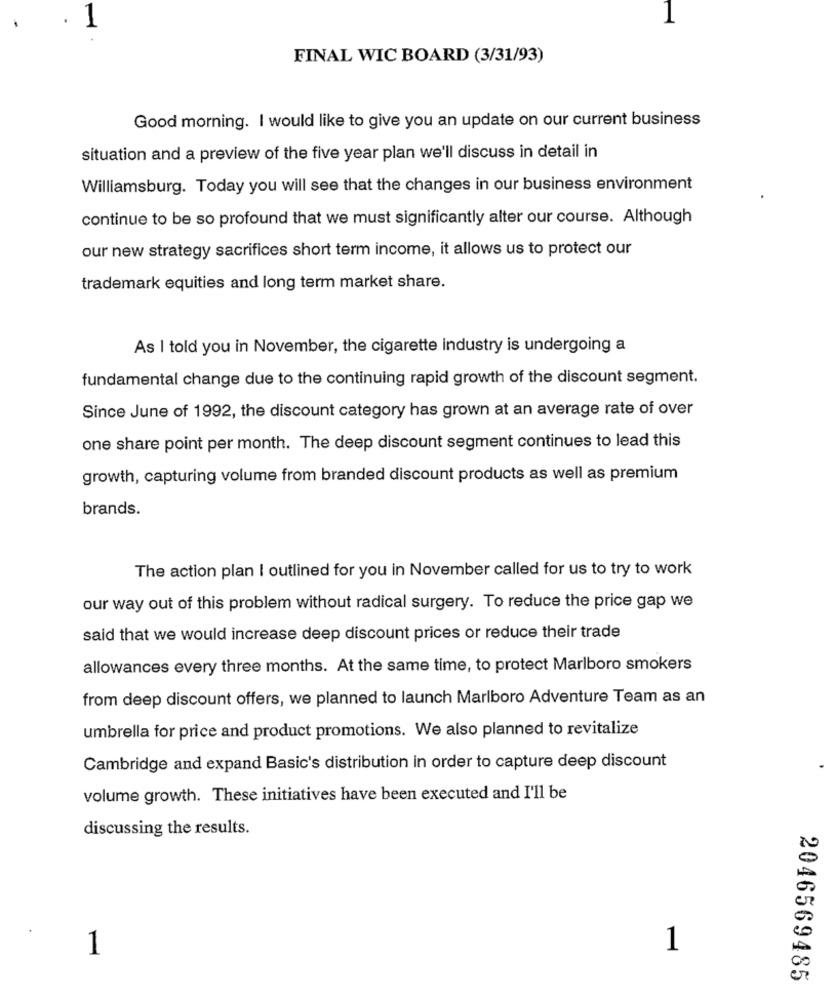
FINAL WIC BOARD (3/31/93)
Good morning. I would like to give you an update on our current business
situation and a preview of the five year plan we'll discuss in detail in
Williamsburg. Today you will see that the changes in our business environment
continue to be so profound that we must significantly alter our course. Although
our new strategy sacrifices short term income, it allows us to protect our
trademark equities and long term market share.
As I told you in November, the cigarette industry is undergoing a
fundamental change due to the continuing rapid growth of the discount segment.
Since June of 1992, the discount category has grown at an average rate of over
one share point per month. The deep discount segment continues to lead this
growth, capturing volume from branded discount products as well as premium
brands.
The action plan I outlined for you in November called for us to try to work
our way out of this problem without radical surgery. To reduce the price gap we
said that we would increase deep discount prices or reduce their trade
allowances every three months. At the same time, to protect Marlboro smokers
from deep discount offers, we planned to launch Marlboro Adventure Team as an
umbrella for price and product promotions. We also planned to revitalize
Cambridge and expand Basic's distribution in order to capture deep discount
volume growth. These initiatives have been executed and I'll be
discussing the results.
1
1
2046569485